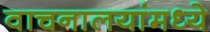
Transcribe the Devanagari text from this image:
वाचनालयांमध्ये